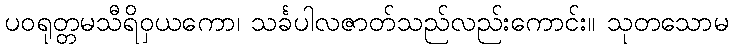
ပဝရုတ္တမသီရိဝှယကော၊ သင်္ခပါလဇာတ်သည်လည်းကောင်း။ သုတသောမ